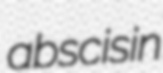
abscisin